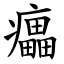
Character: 㿔